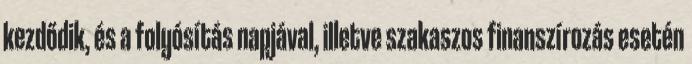
kezdődik, és a folyósítás napjával, illetve szakaszos finanszírozás esetén